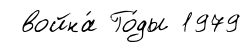
война́ Го́ды 1979